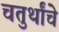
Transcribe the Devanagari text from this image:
चतुर्थांचे